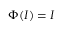
\Phi ( I ) = I